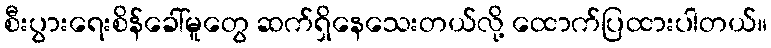
စီးပွားရေးစိန်ခေါ်မူတွေ ဆက်ရှိနေသေးတယ်လို့ ထောက်ပြထားပါတယ်။